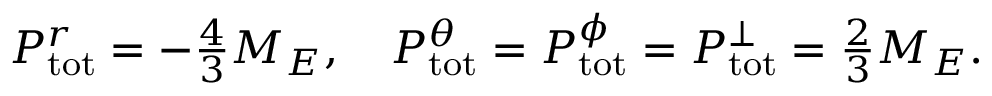
\begin{array} { r } { P _ { \mathrm { t o t } } ^ { r } = - \frac { 4 } { 3 } M _ { E } , \quad P _ { \mathrm { t o t } } ^ { \theta } = P _ { \mathrm { t o t } } ^ { \phi } = P _ { \mathrm { t o t } } ^ { \perp } = \frac { 2 } { 3 } M _ { E } . } \end{array}